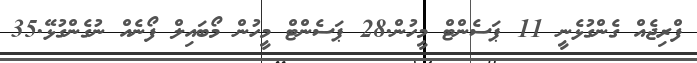
ފްރިޖެއް ގެންގުޅެނީ 11 ޕަސެންޓް މީހުން.28 ޕަސެންޓް މީހުން މޯބައިލް ފޯނެއް ނުގެންގުޅޭ.35